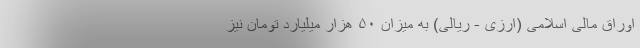
اوراق مالی اسلامی (ارزی - ریالی) به میزان ۵۰ هزار میلیارد تومان نیز